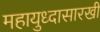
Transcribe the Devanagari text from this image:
महायुध्दासारखी